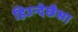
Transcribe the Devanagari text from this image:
हिउन्देछैसा